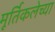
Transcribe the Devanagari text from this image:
मूर्तिकलेच्या